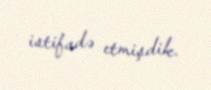
istifadə etmişdik.